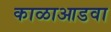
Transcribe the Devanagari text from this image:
काळाआडवा